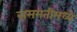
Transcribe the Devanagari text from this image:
बासमतीमध्ये